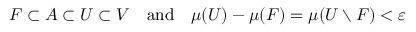
F \subset A \subset U \subset V \quad { \mathrm { a n d } } \quad \mu ( U ) - \mu ( F ) = \mu ( U \setminus F ) < \varepsilon